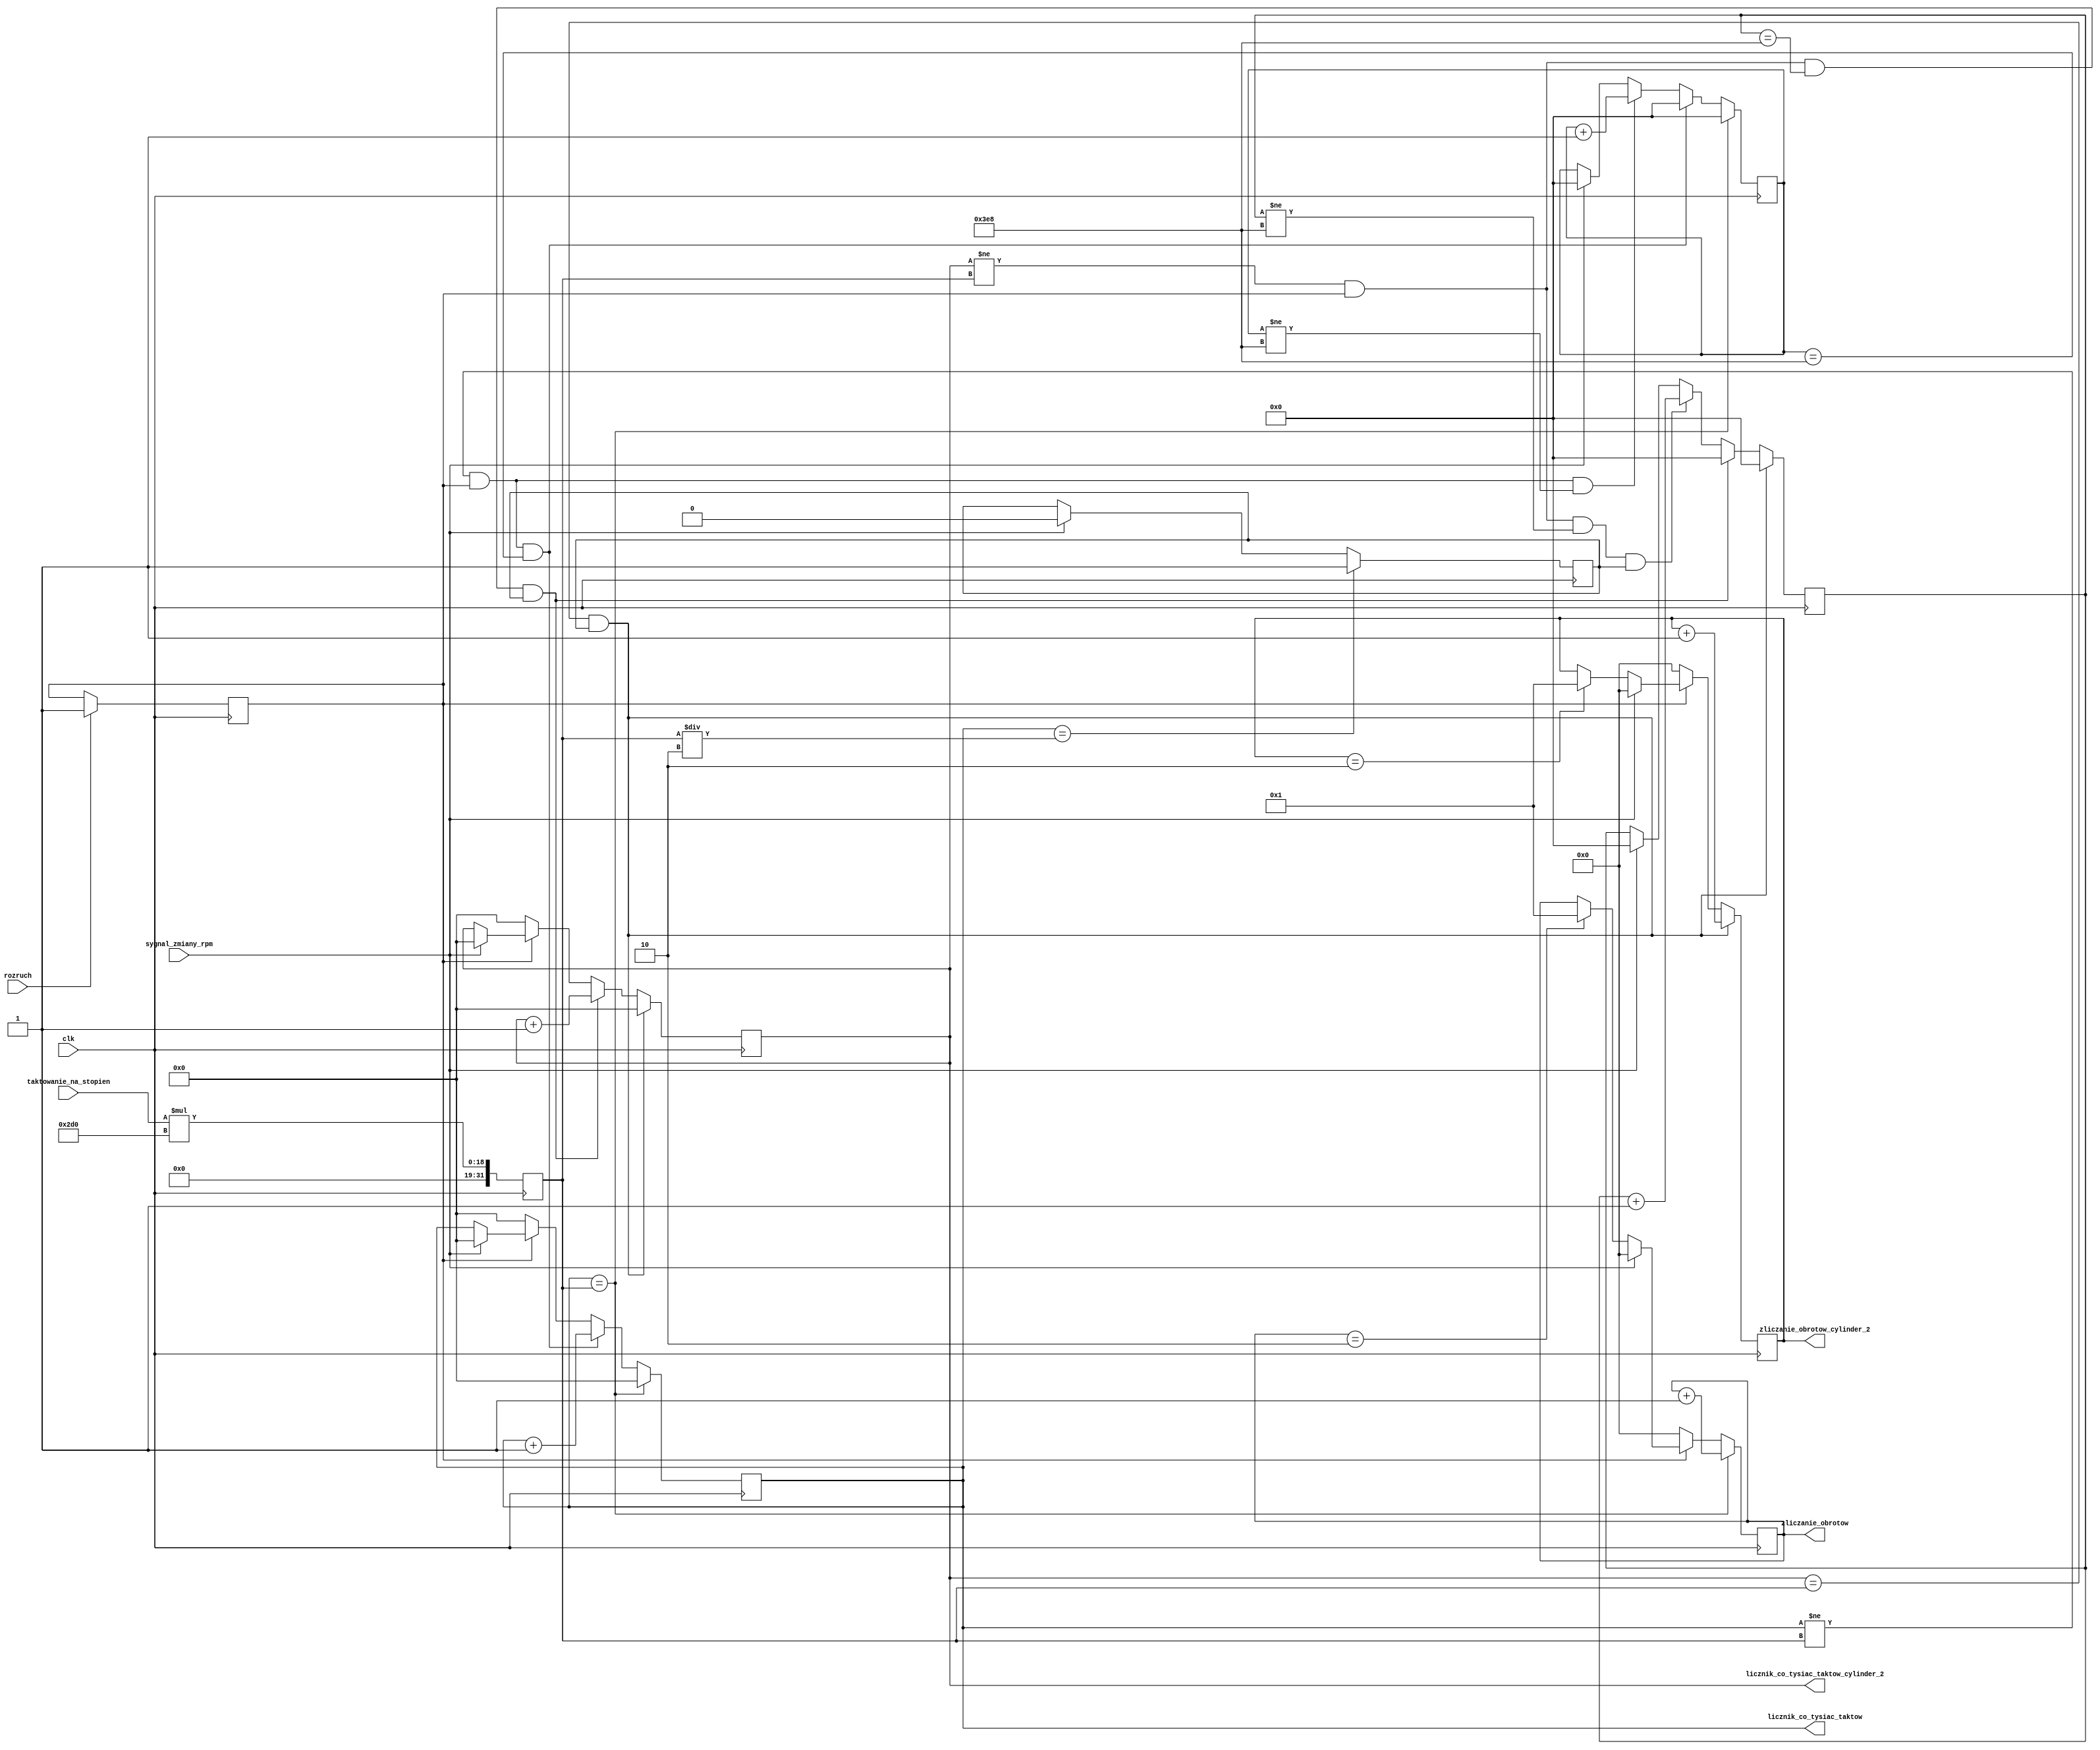
module odliczanie(
	input clk,
	input sygnal_zmiany_rpm,
	input rozruch,
	input [8:0] taktowanie_na_stopien,
	output reg [28:0] licznik_co_tysiac_taktow,
	output reg [28:0] licznik_co_tysiac_taktow_cylinder_2,
	output reg [3:0] zliczanie_obrotow,
	output reg [3:0] zliczanie_obrotow_cylinder_2
    );
	
	reg [31:0] taktowanie_na_720_stopni;
	reg [9:0] licznik_do_tysiaca = 0;
	reg [9:0] licznik_do_tysiaca_cylinder_2 = 0;

	reg start_cylindra_2 = 0;
	reg start = 0;
	

	always @(posedge clk) begin
	
		taktowanie_na_720_stopni <= taktowanie_na_stopien * 720;
		
		if (zliczanie_obrotow == 2)
			zliczanie_obrotow <= 1;
			
		if (zliczanie_obrotow_cylinder_2 == 2)
			zliczanie_obrotow_cylinder_2 <= 1;
			
		if (sygnal_zmiany_rpm == 1) begin
			licznik_do_tysiaca <= 0;
			licznik_co_tysiac_taktow <= 0;
			licznik_do_tysiaca_cylinder_2 <= 0;
			licznik_co_tysiac_taktow_cylinder_2 <= 0;
			zliczanie_obrotow <= 0;
			zliczanie_obrotow_cylinder_2 <= 0;
			start_cylindra_2 <= 0;
		end
	
		if (licznik_co_tysiac_taktow == taktowanie_na_720_stopni/2)
			start_cylindra_2 <= 1;	
		
		if (rozruch == 1)
			start <= 1;
			
		if (start == 0) begin
			zliczanie_obrotow <= 0;
			zliczanie_obrotow_cylinder_2 <= 0;
			licznik_co_tysiac_taktow <= 0;
			licznik_co_tysiac_taktow_cylinder_2 <= 0;
		end
		
		if (licznik_co_tysiac_taktow != taktowanie_na_720_stopni && start == 1 && licznik_do_tysiaca != 1000) begin
			licznik_do_tysiaca <= licznik_do_tysiaca + 1;
		end 
		if (licznik_co_tysiac_taktow != taktowanie_na_720_stopni && start == 1 && licznik_do_tysiaca == 1000) begin
			licznik_do_tysiaca <= 0;
			licznik_co_tysiac_taktow <= licznik_co_tysiac_taktow + 1;
		end
		if (licznik_co_tysiac_taktow == taktowanie_na_720_stopni) begin
			licznik_do_tysiaca <= 0;
			licznik_co_tysiac_taktow <= 0;
			zliczanie_obrotow <= zliczanie_obrotow + 1;
		end
		
		if (licznik_co_tysiac_taktow_cylinder_2 != taktowanie_na_720_stopni && start == 1 && licznik_do_tysiaca_cylinder_2 != 1000 && start_cylindra_2 == 1) begin
			licznik_do_tysiaca_cylinder_2 <= licznik_do_tysiaca_cylinder_2 + 1;
		end 
		
		if (licznik_co_tysiac_taktow_cylinder_2 != taktowanie_na_720_stopni && start == 1 && licznik_do_tysiaca_cylinder_2 == 1000 && start_cylindra_2 == 1) begin
			licznik_do_tysiaca_cylinder_2 <= 0;
			licznik_co_tysiac_taktow_cylinder_2 <= licznik_co_tysiac_taktow_cylinder_2 + 1;
		end
		
		if (licznik_co_tysiac_taktow_cylinder_2 == taktowanie_na_720_stopni && start_cylindra_2 == 1) begin
			licznik_do_tysiaca_cylinder_2 <= 0;
			licznik_co_tysiac_taktow_cylinder_2 <= 0;
			zliczanie_obrotow_cylinder_2 <= zliczanie_obrotow_cylinder_2 + 1;
		end
	end
endmodule